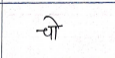
मजकूर: चो